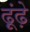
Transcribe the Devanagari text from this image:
ढ़ूंढ़े